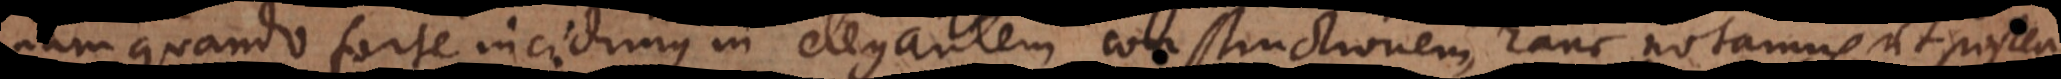
nam quando forte incidimus in elegantem constructionem, hanc notamus, ut postea